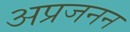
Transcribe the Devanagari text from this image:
अप्रजनन